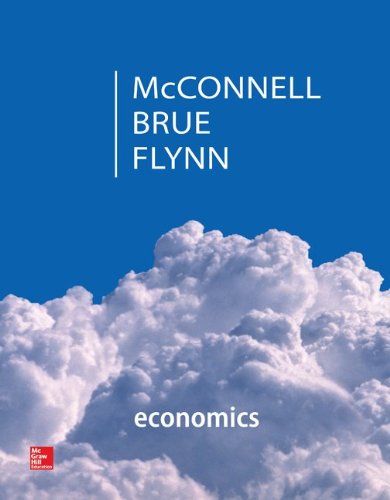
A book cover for Economics: Principles, Problems, & Policies (McGraw-Hill Series in Economics); Campbell McConnell; Business & Money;